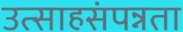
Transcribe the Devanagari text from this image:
उत्साहसंपन्नता